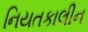
નિયતકાલીન